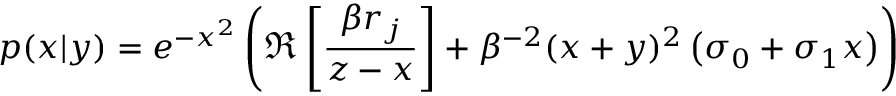
p ( x | y ) = e ^ { - x ^ { 2 } } \left( \Re \left[ \frac { \beta r _ { j } } { z - x } \right] + \beta ^ { - 2 } ( x + y ) ^ { 2 } \left( \sigma _ { 0 } + \sigma _ { 1 } x \right) \right)